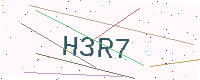
Text: H3R7